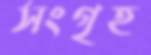
সংগৃহ